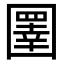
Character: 圛